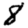
Digit: 8